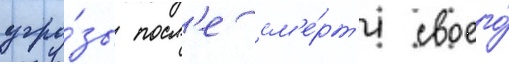
угро́зы посл'е см'е́рт'и своего́